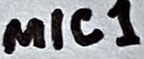
Text: MIC1